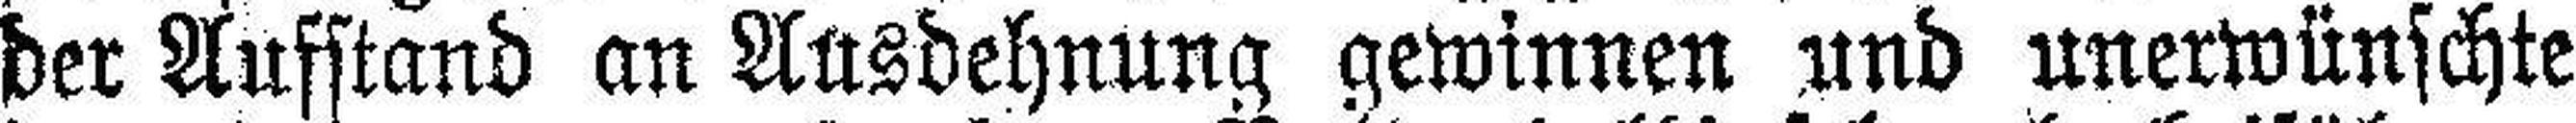
der Aufstand an Ausdehnung gewinnen und unerwünschte